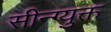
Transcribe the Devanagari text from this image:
सीन्ग्युक्त